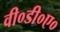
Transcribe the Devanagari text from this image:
वी०डी०ए०